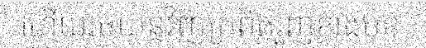
ហើយរថយន្តវិញក្រពិតរួញខាងមុខ